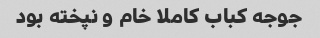
جوجه کباب کاملا خام و نپخته بود